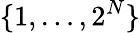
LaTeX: \{ 1,\dots,2^{N}\}